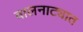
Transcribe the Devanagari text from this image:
बालनाट्यात